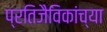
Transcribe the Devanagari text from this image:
प्रतिजैविकांच्या